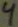
Text: 4